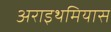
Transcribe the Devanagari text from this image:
अराइथमियास